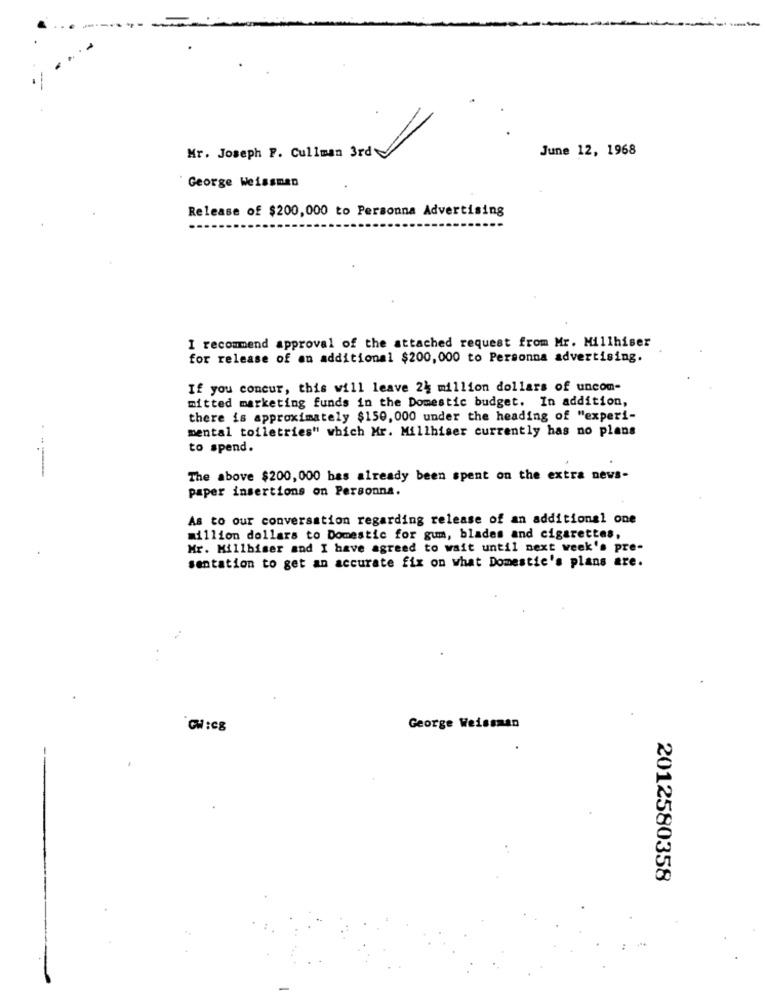
June 12, 1968
Mr. Joseph F. Cullman 3rd
George Weissman
Release of $200,000 to Personna Advertising
I recommend approval of the attached request from Mr. Millhiser
for release of an additional $200, 000 to Personna advertising.
If you concur, this will leave 24 million dollars of uncom-
mitted marketing funds in the Domestic budget. In addition,
there is approximately $150, 000 under the heading of "experi-
mental toiletries" which Mr. Millhiser currently has no plans
to spend.
----
The above $200,000 bas already been spent on the extra news-
paper insertions on Personna.
As to our conversation regarding release of an additional one
million dollars to Domestic for gum, blades and cigarettes,
Mr. Millbiser and I have agreed to wait until next week's pre-
sentation to get an accurate fix on what Domestic's plans are.
CHICS
George Weissman
2012580358